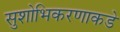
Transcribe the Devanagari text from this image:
सुशोभिकरणाकडे